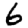
Digit: 6